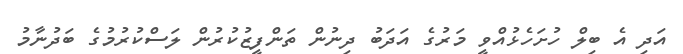
އަދި އެ ބިލް ހުށަހެޅުއްވީ މަރުގެ އަދަބު ދިނުން ތަންފީޒުކުރުން ލަސްކުރުމުގެ ބަދުނާމު